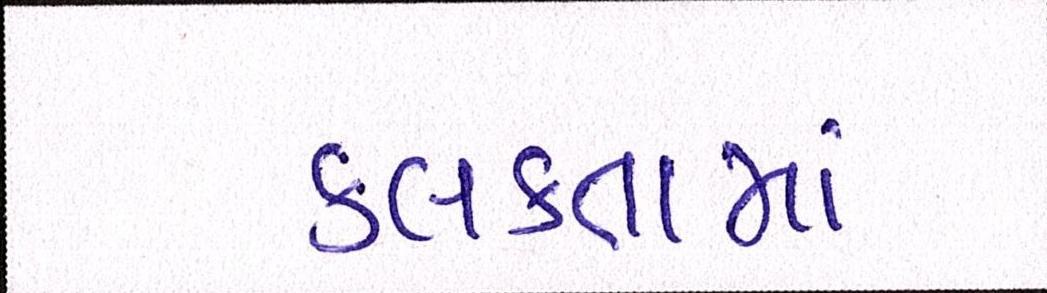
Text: કલકતામાં